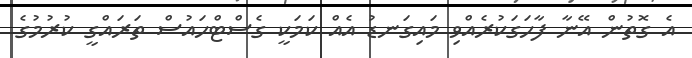
އެ ގޮތުން އޭނާ ފާހަގަކުރެއްވި މައިގަނޑު އެއް ކަމަކީ ގެސްޓްހައުސް ތަރައްގީ ކުުރުމުގެ